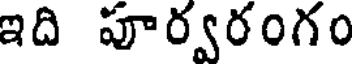
ఇది పూర్వరంగం